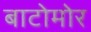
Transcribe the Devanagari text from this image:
बाटोमोर